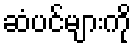
ဆံပင်များကို